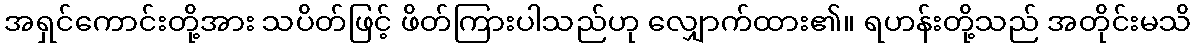
အရှင်ကောင်းတို့အား သပိတ်ဖြင့် ဖိတ်ကြားပါသည်ဟု လျှောက်ထား၏။ ရဟန်းတို့သည် အတိုင်းမသိ